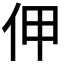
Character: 𠇺